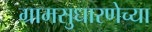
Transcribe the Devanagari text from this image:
ग्रामसुधारणेच्या